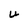
Character: U